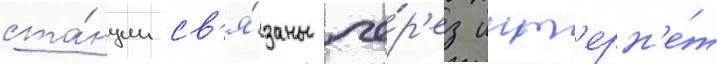
ста́нции св'я́заны че́р'ез инт'ерн'е́т